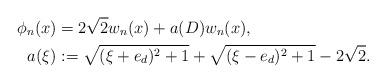
LaTeX: \begin{align*}\phi_n(x)&=2\sqrt{2}w_n(x)+a(D)w_n(x),\\a(\xi)&:=\sqrt{(\xi+e_d)^2+1}+\sqrt{(\xi-e_d)^2+1}-2\sqrt{2}.\end{align*}